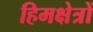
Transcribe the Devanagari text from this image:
हिमक्षेत्रों